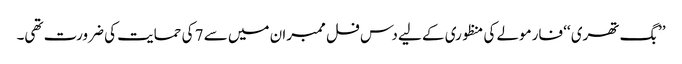
’’بگ تھری ‘‘ فارمولے کی منظوری کے لیے دس فل ممبران میں سے 7 کی حمایت کی ضرورت تھی۔